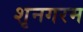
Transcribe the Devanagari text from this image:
शृनगरम